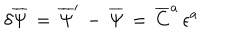
LaTeX: \delta { \overline { { \Psi } } } \, = \, { \overline { { \Psi } } } ^ { \prime } \, - \, { \overline { { \Psi } } } \, = \, { \overline { { C } } } ^ { a } \, \epsilon ^ { a }